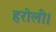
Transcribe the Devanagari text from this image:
हरोली।